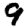
Digit: 9